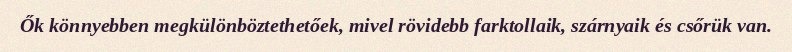
Ők könnyebben megkülönböztethetőek, mivel rövidebb farktollaik, szárnyaik és csőrük van.